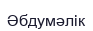
Әбдумәлік